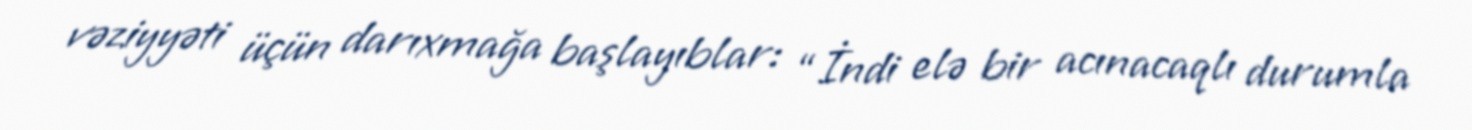
vəziyyəti üçün darıxmağa başlayıblar: “İndi elə bir acınacaqlı durumla